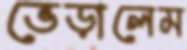
ভেড়ালেম